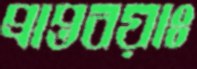
প্রাপ্তবয়াঃ